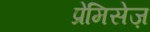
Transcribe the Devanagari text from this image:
प्रेमिसेज़